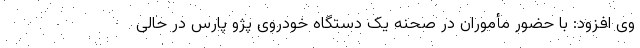
وی افزود: با حضور مأموران در صحنه یک دستگاه خودروی پژو پارس در حالی